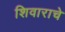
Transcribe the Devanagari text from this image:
शिवाराचे